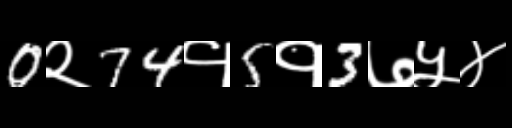
Text: 0२74१5१3७५४